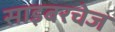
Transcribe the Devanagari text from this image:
साइबरचेज